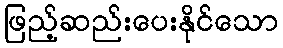
ဖြည့်ဆည်းပေးနိုင်သော